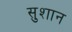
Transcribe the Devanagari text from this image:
सुशान